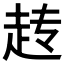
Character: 𬦆